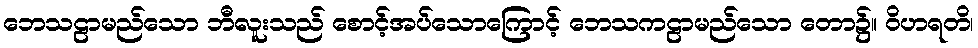
ဘေသဠာမည်သော ဘီလူးသည် စောင့်အပ်သောကြောင့် ဘေသကဠာမည်သော တော၌။ ဝိဟရတိ၊